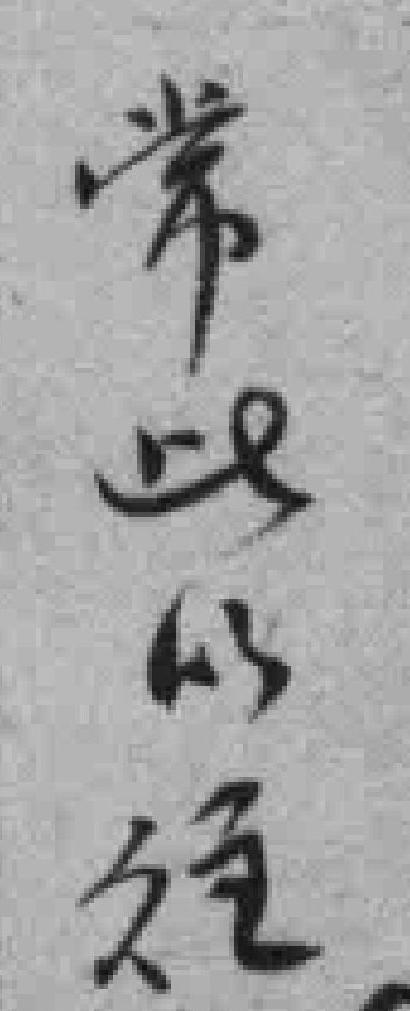
常此以往